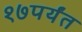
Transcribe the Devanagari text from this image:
१७पर्यंत